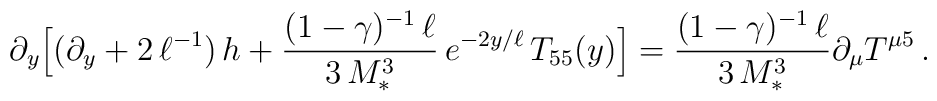
\partial_y\Big[\big(\partial_y + 2\,\ell^{-1}\big)\,h + \frac{(1-\gamma)^{-1}\,\ell}{3\,M_*^3}\,e^{-2y/\ell}\,T_{55}(y)\Big]=\frac{(1-\gamma)^{-1}\,\ell}{3\,M_*^3}\partial_\mu T^{\mu 5}\,.